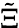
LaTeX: \tilde{\Xi}